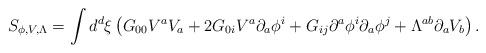
LaTeX: \begin{align*}S_{\phi ,V,\Lambda}=\int d^{d}\xi\left(G_{00}V^{a}V_{a}+2G_{0i}V^{a}\partial_{a}\phi^{i}+G_{ij}\partial^{a}\phi^{i}\partial_{a}\phi^{j}+\Lambda^{ab}\partial_{a}V_{b}\right).\end{align*}